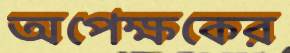
অপেক্ষকের